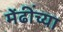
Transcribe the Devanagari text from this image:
मेंढींच्या